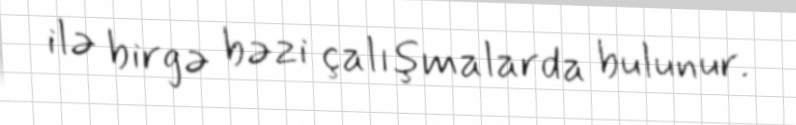
ilə birgə bəzi çalışmalarda bulunur.